Leaving Certificate Examination (including Day School Certificate (Higher) General paper), 1930
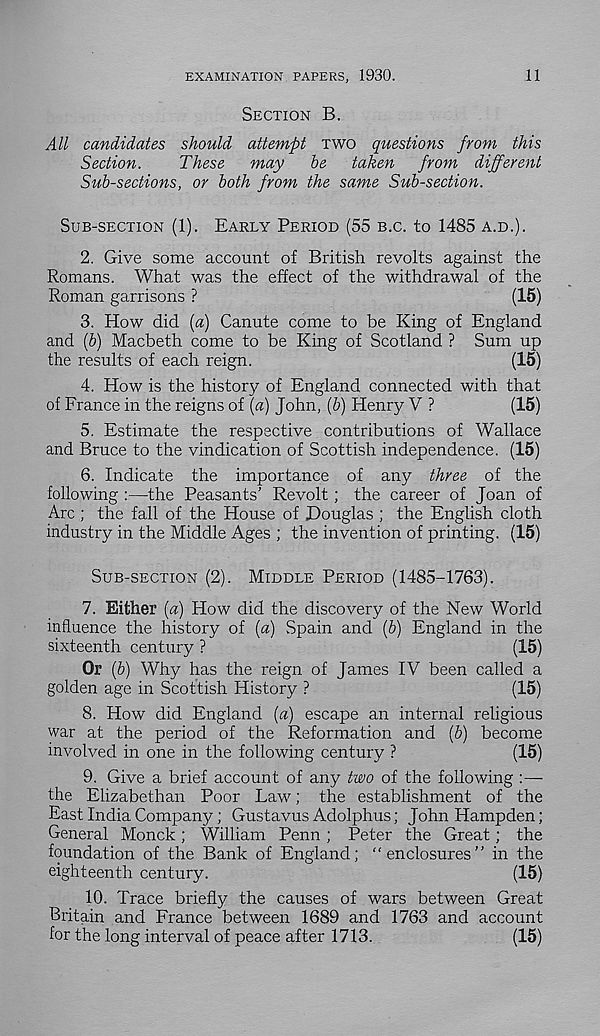
EXAMINATION PAPERS, 1930.
11
SECTION B.
All candidates should attempt TWO questions from this
Section.
These
may
be
taken from different
Sub-sections, or both from the same Sub-section.
SUB-SECTION (1). EARLY PERIOD (55 B.C. to 1485 A.D.).
2. Give some account of British revolts against the
Romans. What was the effect of the withdrawal of the
Roman garrisons ?
(15)
3. How did {a) Canute come to be King of England
and (b) Macbeth come to be King of Scotland ? Sum up
the results of each reign.
(15)
4. How is the history of England connected with that
of France in the reigns of \a) John, {b) Henry V ?
(15)
5. Estimate the respective contributions of Wallace
and Bruce to the vindication of Scottish independence. (15)
6. Indicate the importance of any three of the
following :—the Peasants’ Revolt; the career of Joan of
Arc ; the fall of the House of Douglas ; the English cloth
industry in the Middle Ages ; the invention of printing. (15)
SUB-SECTION (2). MIDDLE PERIOD (1485-1763).
7. Either (a) How did the discovery of the New World
influence the history of [a) Spain and (b) England in the
sixteenth century ?
(15)
Or (&) Why has the reign of James IV been called a
golden age in Scottish History ?
(15)
8. How did England [a) escape an internal religious
war at the period of the Reformation and (&) become
involved in one in the following century ?
(15)
9. Give a brief account of any two of the following :—
the Elizabethan Poor Law; the establishment of the
East India Company; Gustavus Adolphus; John Hampden;
General Monck; William Penn; Peter the Great; the
foundation of the Bank of England; “enclosures” in the
eighteenth century.
(15)
10. Trace briefly the causes of wars between Great
Britain and France between 1689 and 1763 and account
for the long interval of peace after 1713.
(15)